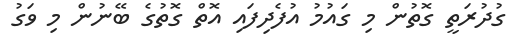
ގުދުރަތީ ގޮތުން މި ގައުމު އުފެދިފައި އޮތް ގޮތުގެ ބޭނުން މި ވަގު